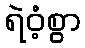
ရဲဝံ့စွာ